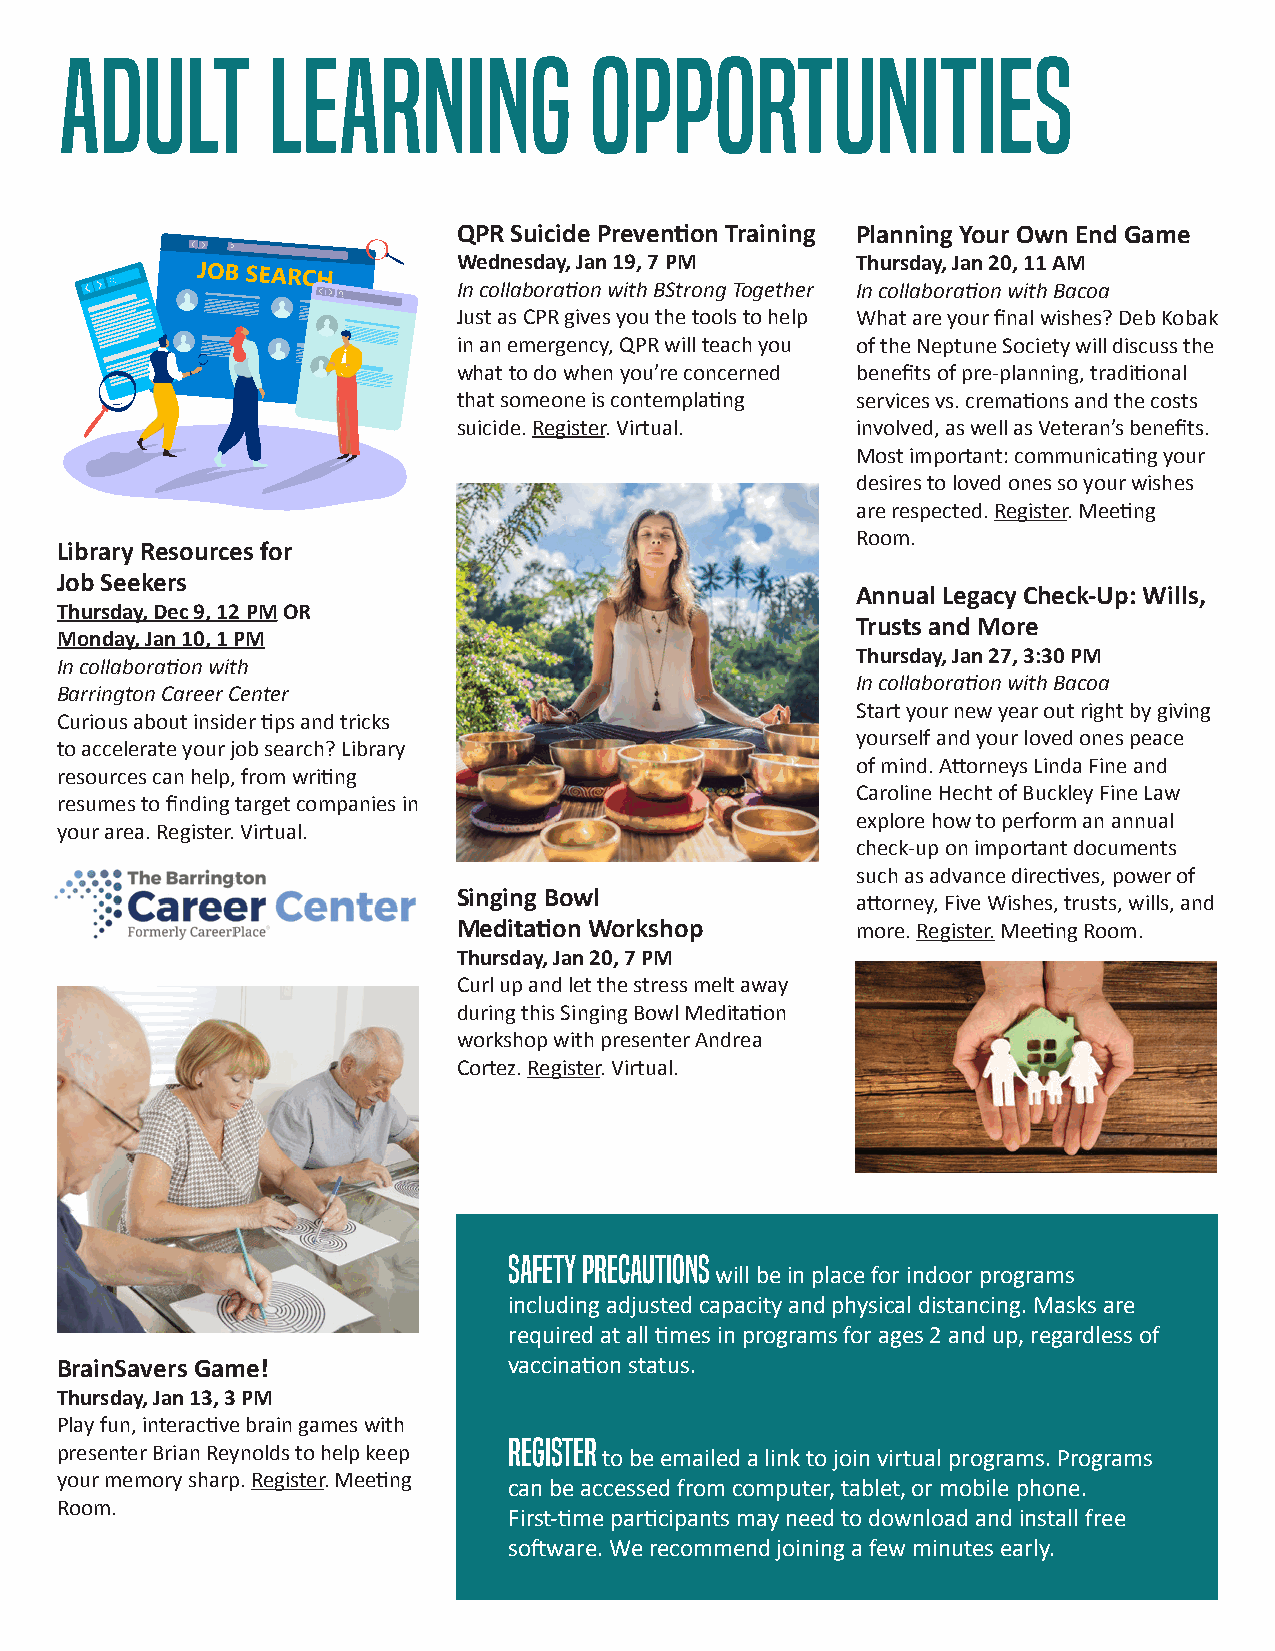
ADULT         LEARNING             OPPORTUNITIES
 QPR Suicide Prevention Training Planning Your Own End Game
 Wednesday, Jan 19, 7 PM    Thursday, Jan 20, 11 AM
 In collaboration with BStrong Together In collaboration with Bacoa
 Just as CPR gives you the tools to help What are your final wishes? Deb Kobak
 in an emergency, QPR will teach you of the Neptune Society will discuss the
 what to do when you’re concerned benefits of pre-planning, traditional
 that someone is contemplating services vs. cremations and the costs
 suicide. Register. Virtual. involved, as well as Veteran’s benefits.
 Most important: communicating your
 desires to loved ones so your wishes
 are respected. Register. Meeting
 Room.
 Library Resources for
 Job Seekers
 Annual Legacy Check-Up: Wills,
 Thursday, Dec 9, 12 PM OR
 Trusts and More
 Monday, Jan 10, 1 PM
 Thursday, Jan 27, 3:30 PM
 In collaboration with
 In collaboration with Bacoa
 Barrington Career Center
 Start your new year out right by giving
 Curious about insider tips and tricks
 yourself and your loved ones peace
 to accelerate your job search? Library
 of mind. Attorneys Linda Fine and
 resources can help, from writing
 Caroline Hecht of Buckley Fine Law
 resumes to finding target companies in
 explore how to perform an annual
 your area. Register. Virtual.
 check-up on important documents
 such as advance directives, power of
 Singing Bowl
 attorney, Five Wishes, trusts, wills, and
 Meditation Workshop        more. Register. Meeting Room.
 Thursday, Jan 20, 7 PM
 Curl up and let the stress melt away
 during this Singing Bowl Meditation
 workshop with presenter Andrea
 Cortez. Register. Virtual.
 Safety precautions
 will be in place for indoor programs
 including adjusted capacity and physical distancing. Masks are
 required at all times in programs for ages 2 and up, regardless of
 BrainSavers Game!             vaccination status.
 Thursday, Jan 13, 3 PM
 Play fun, interactive brain games with
 Register
 presenter Brian Reynolds to help keep to be emailed a link to join virtual programs. Programs
 your memory sharp. Register. Meeting
 can be accessed from computer, tablet, or mobile phone.
 Room.
 First-time participants may need to download and install free
 software. We recommend joining a few minutes early.